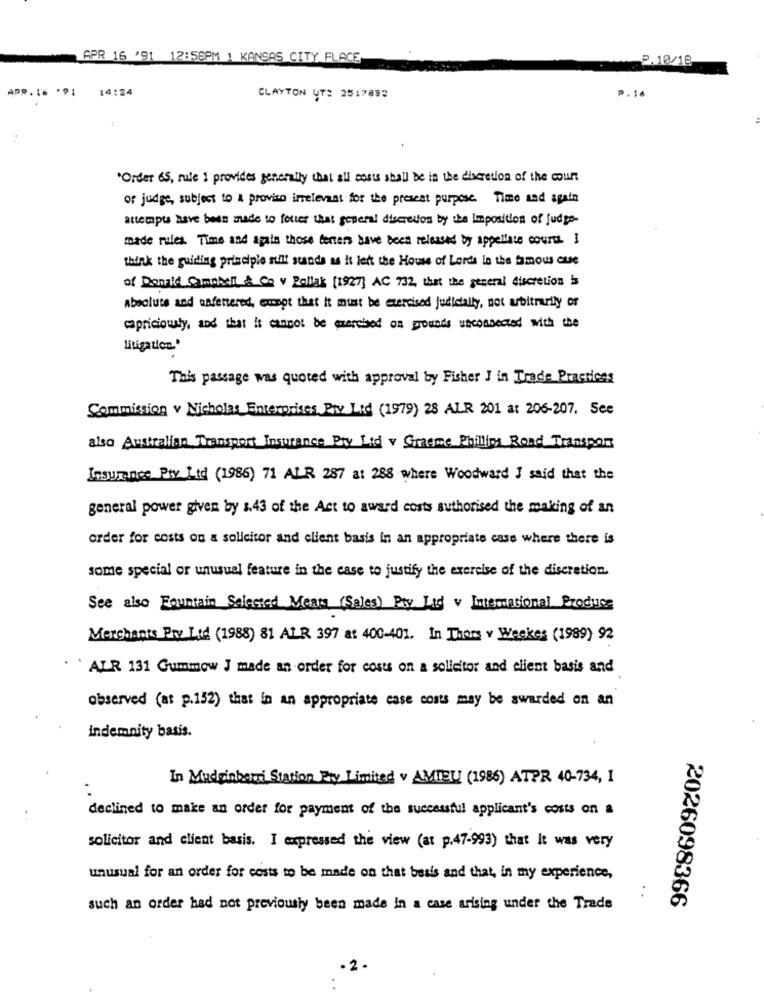
APR 16 '91 12:58PM 1 KANSAS CITY FLACE
2.10/18
APR. 16 .91
14:24
P.16
CLAYTON UT: 25:7892
"Order 65, rule 1 provides generally that all costs shall be in the discretion of the count
of judge, subject to A proviso irrelevant for the present purpose. Time and again
attempts have been made to folier that general discretion by the Imposition of judge.
made rules Time and again those tenters have been released by appellate courts I
think the guiding principle sul stands as it let the House of Lords in the famous cuse
of Donald Campbell & Co v Pollak [1927] AC 732, that the general discretion is
Absolute and unfettered, emopt that it must be exercised judicially, not arbitrarily of
capriciously, and that it cannot be exercised on grounds unconnected with the
This passage was quoted with approval by Fisher J in Trade Practices
Commission v Nicholas Enterprises Pty Ltd (1979) 28 ALR 201 at 206-207. See
also Australian Transport Insurance Pty Ltd v Graeme Phillips Road Transport
Insurance Pty Ltd (1986) 71 ALR 287 at 288 where Woodward I said that the
general power given by s.43 of the Act to award costs authorised the making of an
order for costs on a solicitor and client basis in an appropriate case where there is
some special or unusual feature in the case to justify the exercise of the discretion.
See also Fountain Selected Meat (Sales) Pry Lad v International Produce
Merchants Pty Ltd (1988) 81 ALR 397 at 400-401. In Thoms v Weekes (1989) 92
ALR 131 Gummow J made an order for costs on a solicitor and client basis and
observed (at p.152) that in an appropriate case costs may be awarded on an
indemnity basis.
In Mudginbernd Station Pry Limited v AMIEL (1986) ATPR 40-734, 1
declined to make an order for payment of the successful applicant's costs on a
solicitor and client basis. I expressed the view (at p.47-993) that It was very
unusual for an order for costs to be made on that basis and that, in my experience,
2026098366
such an order had not previously been made in a case arising under the Trade
-2 .